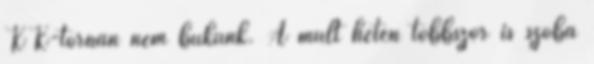
KK-tornán nem bukunk. A múlt héten többször is szóba